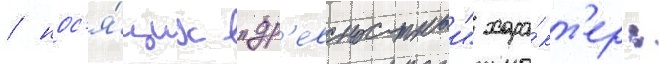
/ нос'я́щих "др'евностныи" хара́кт'ер: